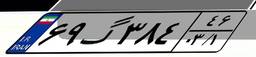
۶۹گ۳۸۴۴۶